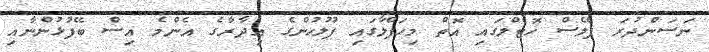
ނަސަންދުރަ ޕެލެސް ހޮޓެލްގައި އޮތް މިހަފްލާގައި ފުލުހުންގެ އިދާރާގެ އެންމެ އިސް ބޭފުޅުންނާއި